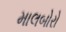
માલબોરો